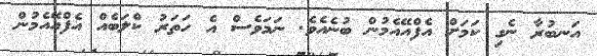
އަނބުރާ ނެގި ކަމަށް އެފްއޭއެމުން ބުނެއެވެ. ނަމަވެސް އެ ހަތަރު ކްލަބެއް އެފްއޭއެމުން